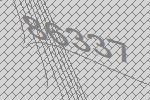
86337